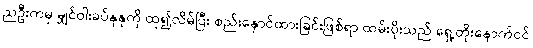
ညဦးကမှ မျှင်ဝါးခပ်နုနုကို ထု၍လိမ်ပြီး စည်းနှောင်ထားခြင်းဖြစ်ရာ ထမ်းပိုးသည် ရှေ့တိုးနောက်ငင်